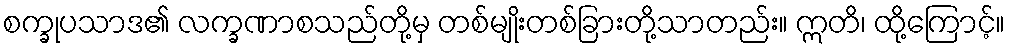
စက္ခုပသာဒ၏ လက္ခဏာစသည်တို့မှ တစ်မျိုးတစ်ခြားတို့သာတည်း။ ဣတိ၊ ထို့ကြောင့်။